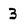
Character: 3